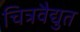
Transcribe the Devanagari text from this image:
चित्रवैद्युत